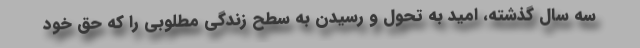
سه سال گذشته، امید به تحول و رسیدن به سطح زندگی مطلوبی را که حق خود